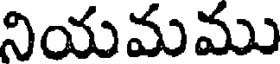
నియమము